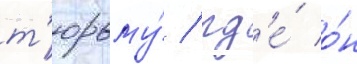
т'юрьму́ / гд'е́ о́н